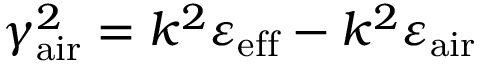
\gamma _ { \mathrm { a i r } } ^ { 2 } = k ^ { 2 } \varepsilon _ { \mathrm { e f f } } - k ^ { 2 } \varepsilon _ { \mathrm { a i r } }